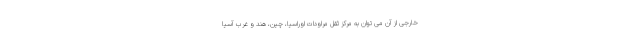
خارجی از آن می توان به مرکز ثقل مراودات اوراسیا، چین، هند و غرب آسیا